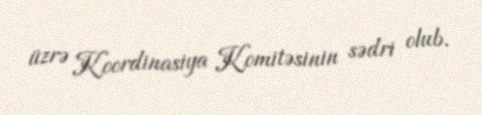
üzrə Koordinasiya Komitəsinin sədri olub.